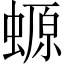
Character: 螈